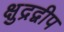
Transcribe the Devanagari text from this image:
क्षुद्रद्वीप